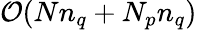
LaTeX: \mathcal{O}(Nn_{q}+N_{p}n_{q})